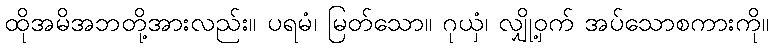
ထိုအမိအဘတို့အားလည်း။ ပရမံ၊ မြတ်သော။ ဂုယှံ၊ လျှို့ဝှက် အပ်သောစကားကို။